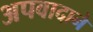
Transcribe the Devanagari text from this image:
अपवादाने